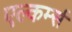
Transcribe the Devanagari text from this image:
एल्कर्म्स